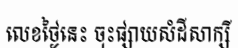
លេខថ្ងៃនេះ ចុះផ្សាយសំដីសាក្សី